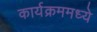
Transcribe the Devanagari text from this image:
कार्यक्रममध्ये